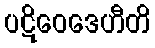
ပဋိဝေဒေဟီတိ